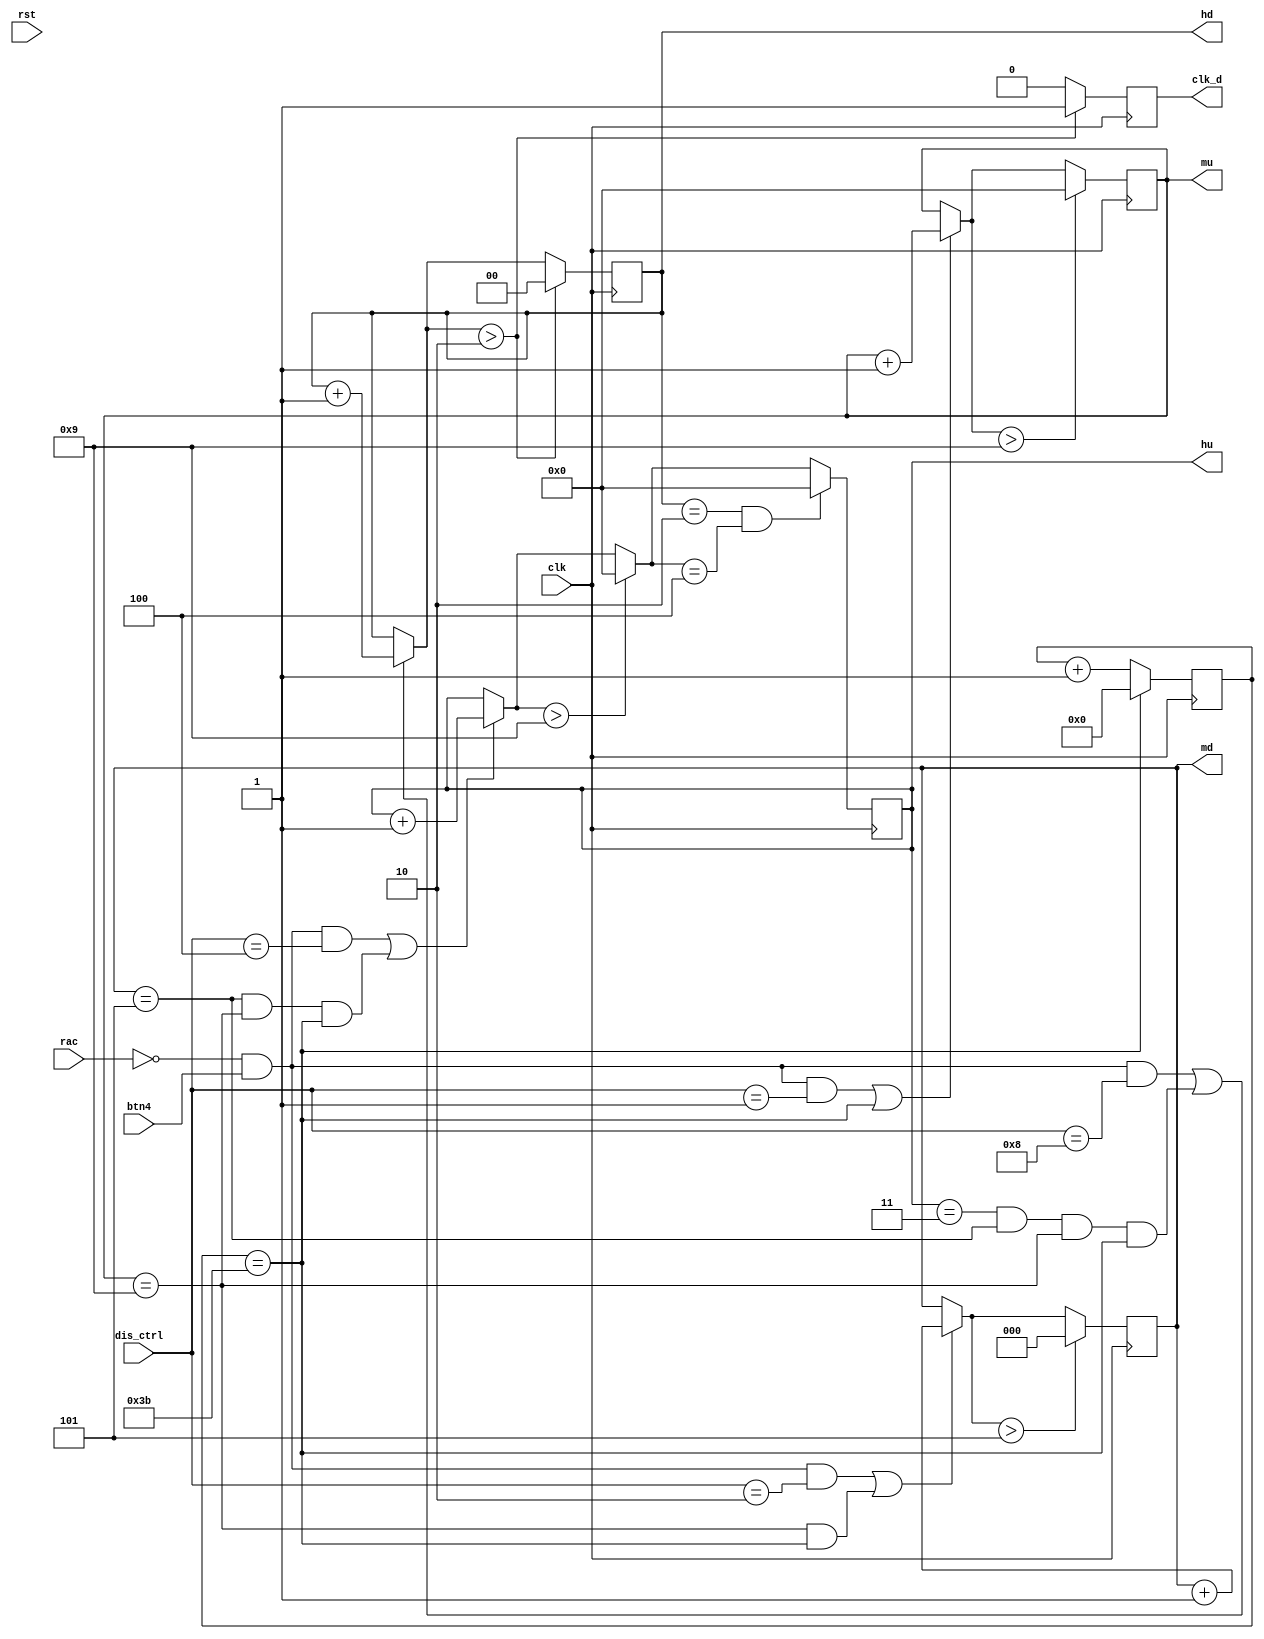
//Jesus Eduardo Esparza Soto
//Contador de decenas

//MODULO///////////////////////////////////////////
module reloj2 (clk,rst,btn4,rac,dis_ctrl,mu,md,hu,hd,clk_d);

	//Entradas y Salidas
	input              [1:0]    rac;
	input								 btn4;
	input					 [3:0]  	 dis_ctrl;
	input                       clk,rst;
	
	output       reg   [3:0]    mu,hu;
	output       reg   [2:0]    md;
	output       reg   [1:0]    hd;
	
	output       reg            clk_d;
	
	//alambre y registros
	reg					 [5:0]    segundos;
	

//ASIGNACIONES/////////////////////////////////////

	//inciales
	initial
	begin 
		segundos=55;
		mu=9;
		md=5;
		hu=3;
		hd=2;	
	end
	//seales
	//componentes
	//secuenciales
	
		
	//contador de segundos
	always@(posedge clk)
	begin
//		if(rst)
//			segundos=0;
//		else
			if(segundos==59) segundos=0;
			else             segundos=segundos+1'b1;
	end
	
	//contador de unidades de minuto
	always@(posedge clk)
	begin
//		if(rst)
//			mu=0;
//		else 
		if(rac==0 && btn4 && dis_ctrl==4'b0001 || segundos==59) mu=mu+1'b1;
		if(mu>9) mu=0;	
	end
	
	//contador de decenas de minuto
	always@(posedge clk)
	begin
//		if(rst)
//			md=0;
//		else 
		if(rac==0 && btn4 && dis_ctrl==4'b0010 || mu==9 && segundos==59) md=md+1'b1;
	   if(md>5)md=0;
	
	end
	
	//contador de unidades de hora
	always@(posedge clk)
	begin
//		if(rst)
//			hu=0;
//		else 
		if(rac==0 && btn4 && dis_ctrl==4'b0100 || md==5 && mu==9 && segundos==59) hu=hu+1'b1;
		if(hu>9)hu=0;
			
		
		if(hd==2 && hu==4)hu=0;
	end
	
	//contador de decenas de hora
	always@(posedge clk)
	begin
		clk_d=0;
//		if(rst)
//			hd=0;
//		else 
		if(rac==0 && btn4 && dis_ctrl==4'b1000 || hu==3 && md==5 && mu==9 && segundos==59) hd=hd+1'b1;
		if(hd>2) begin hd=0; clk_d=1; end
		
	end
	
endmodule